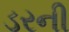
ડરની